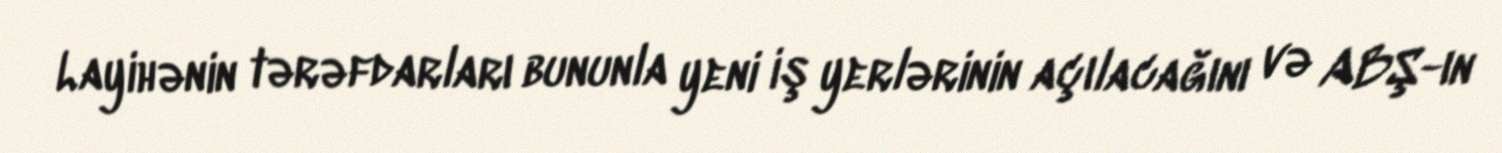
Layihənin tərəfdarları bununla yeni iş yerlərinin açılacağını və ABŞ-ın